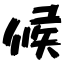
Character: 候